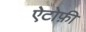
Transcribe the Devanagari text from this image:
ऐटोफ़ी